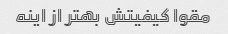
مقوا کیفیتش بهتر از اینه